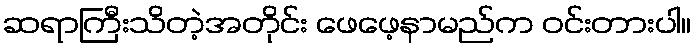
ဆရာကြီးသိတဲ့အတိုင်း ဖေဖေ့နာမည်က ဝင်းတားပါ။